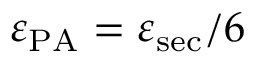
\varepsilon _ { \mathrm { P A } } = \varepsilon _ { \mathrm { s e c } } / 6